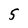
Character: 5